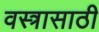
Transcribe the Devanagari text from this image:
वस्त्रासाठी